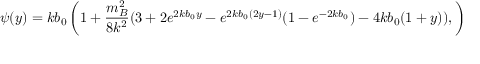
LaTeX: \psi ( y ) = k b _ { 0 } \left( 1 + \frac { m _ { B } ^ { 2 } } { 8 k ^ { 2 } } ( 3 + 2 e ^ { 2 k b _ { 0 } y } - e ^ { 2 k b _ { 0 } ( 2 y - 1 ) } ( 1 - e ^ { - 2 k b _ { 0 } } ) - 4 k b _ { 0 } ( 1 + y ) ) , \right)